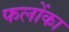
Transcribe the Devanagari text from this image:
फलोंका